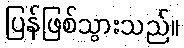
ပြန်ဖြစ်သွားသည်။